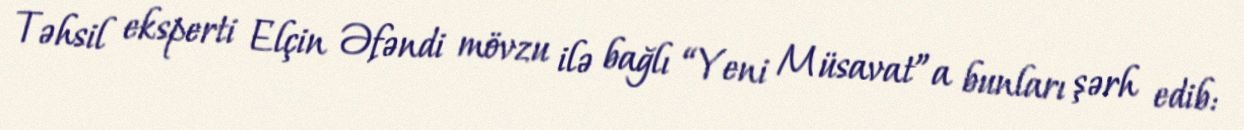
Təhsil eksperti Elçin Əfəndi mövzu ilə bağlı “Yeni Müsavat”a bunları şərh edib: